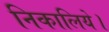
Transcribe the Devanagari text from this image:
निकालिये।